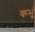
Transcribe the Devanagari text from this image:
कभुं